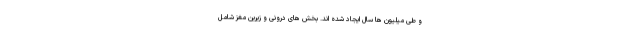
و طی میلیون ها سال ایجاد شده اند. بخش های درونی و زیرین مغز شامل